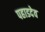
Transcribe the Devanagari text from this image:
पहाडदेव